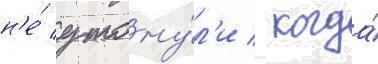
н'е́ утону́л'и / когда́